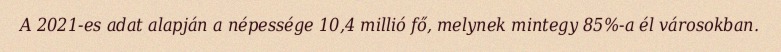
A 2021-es adat alapján a népessége 10,4 millió fő, melynek mintegy 85%-a él városokban.